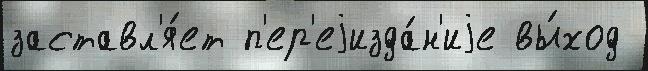
заставл'я́ет п'ер'еjизда́н'иjе вы́ход